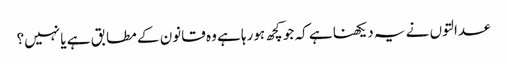
عدالتوں نے یہ دیکھنا ہے کہ جو کچھ ہورہا ہے وہ قانون کے مطابق ہے یا نہیں؟